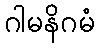
ဂါမနိဂမံ